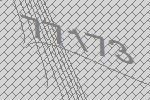
77173